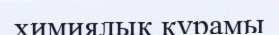
химиялық құрамы